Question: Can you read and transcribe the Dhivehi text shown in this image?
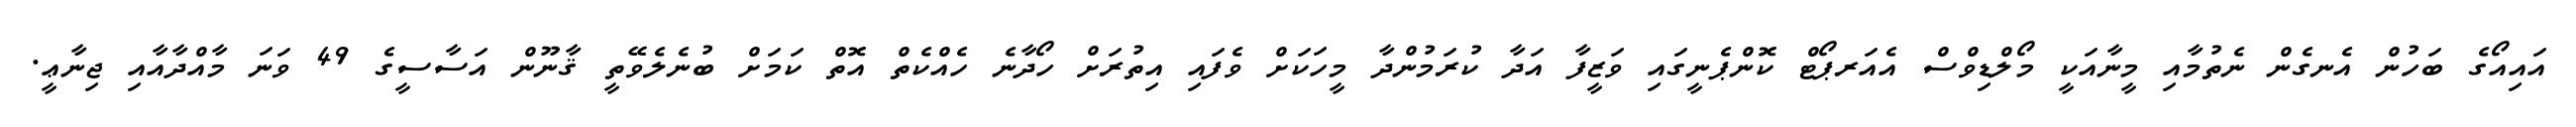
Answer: އައިއޯގެ ބަހުން އެނގެން ނެތުމާއި މީނާއަކީ މޯލްޑިވްސް އެއަރޕޯޓް ކޮންޕެނީގައި ވަޒީފާ އަދާ ކުރަމުންދާ މީހަކަށް ވެފައި އިތުރަށް ހޯދާނެ ހެއްކެތް އޮތް ކަމަށް ބުނެލެވޭތީ ޤާނޫން އަސާސީގެ 49 ވަނަ މާއްދާއާއި ޖިނާޢީ.